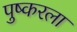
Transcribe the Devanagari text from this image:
पुष्करला